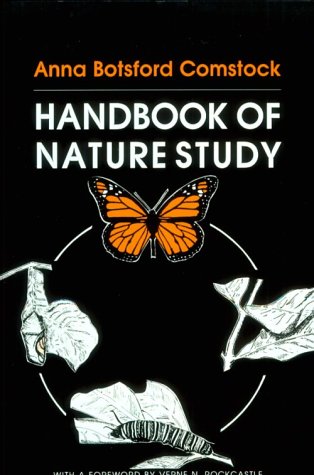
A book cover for Handbook of Nature Study; Anna Botsford Comstock; Science & Math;